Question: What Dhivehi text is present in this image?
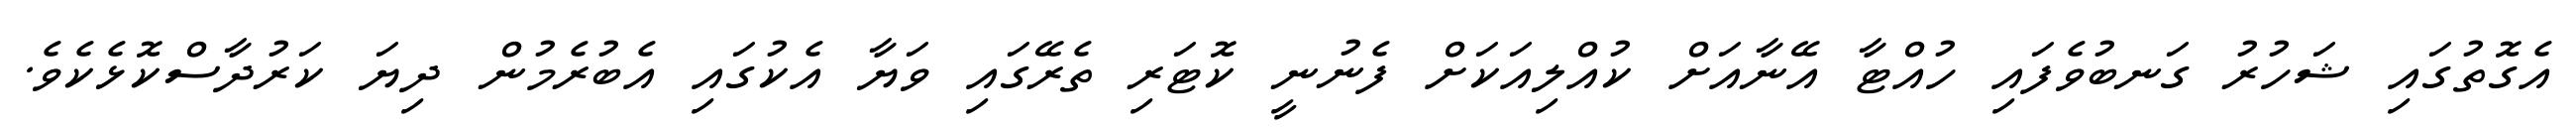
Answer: އެގޮތުގައި ޝަހުރު ގަނބުވެފައި ހުއްޓާ އޭނާއަށް ކުއްލިއަކަށް ފެނުނީ ކޮޓަރި ތެރޭގައި ވަޔާ އެކުގައި އެބުރެމުން ދިޔަ ކަރުދާސްކޮޅެކެވެ.